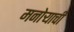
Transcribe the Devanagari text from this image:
मनोर्‍याची